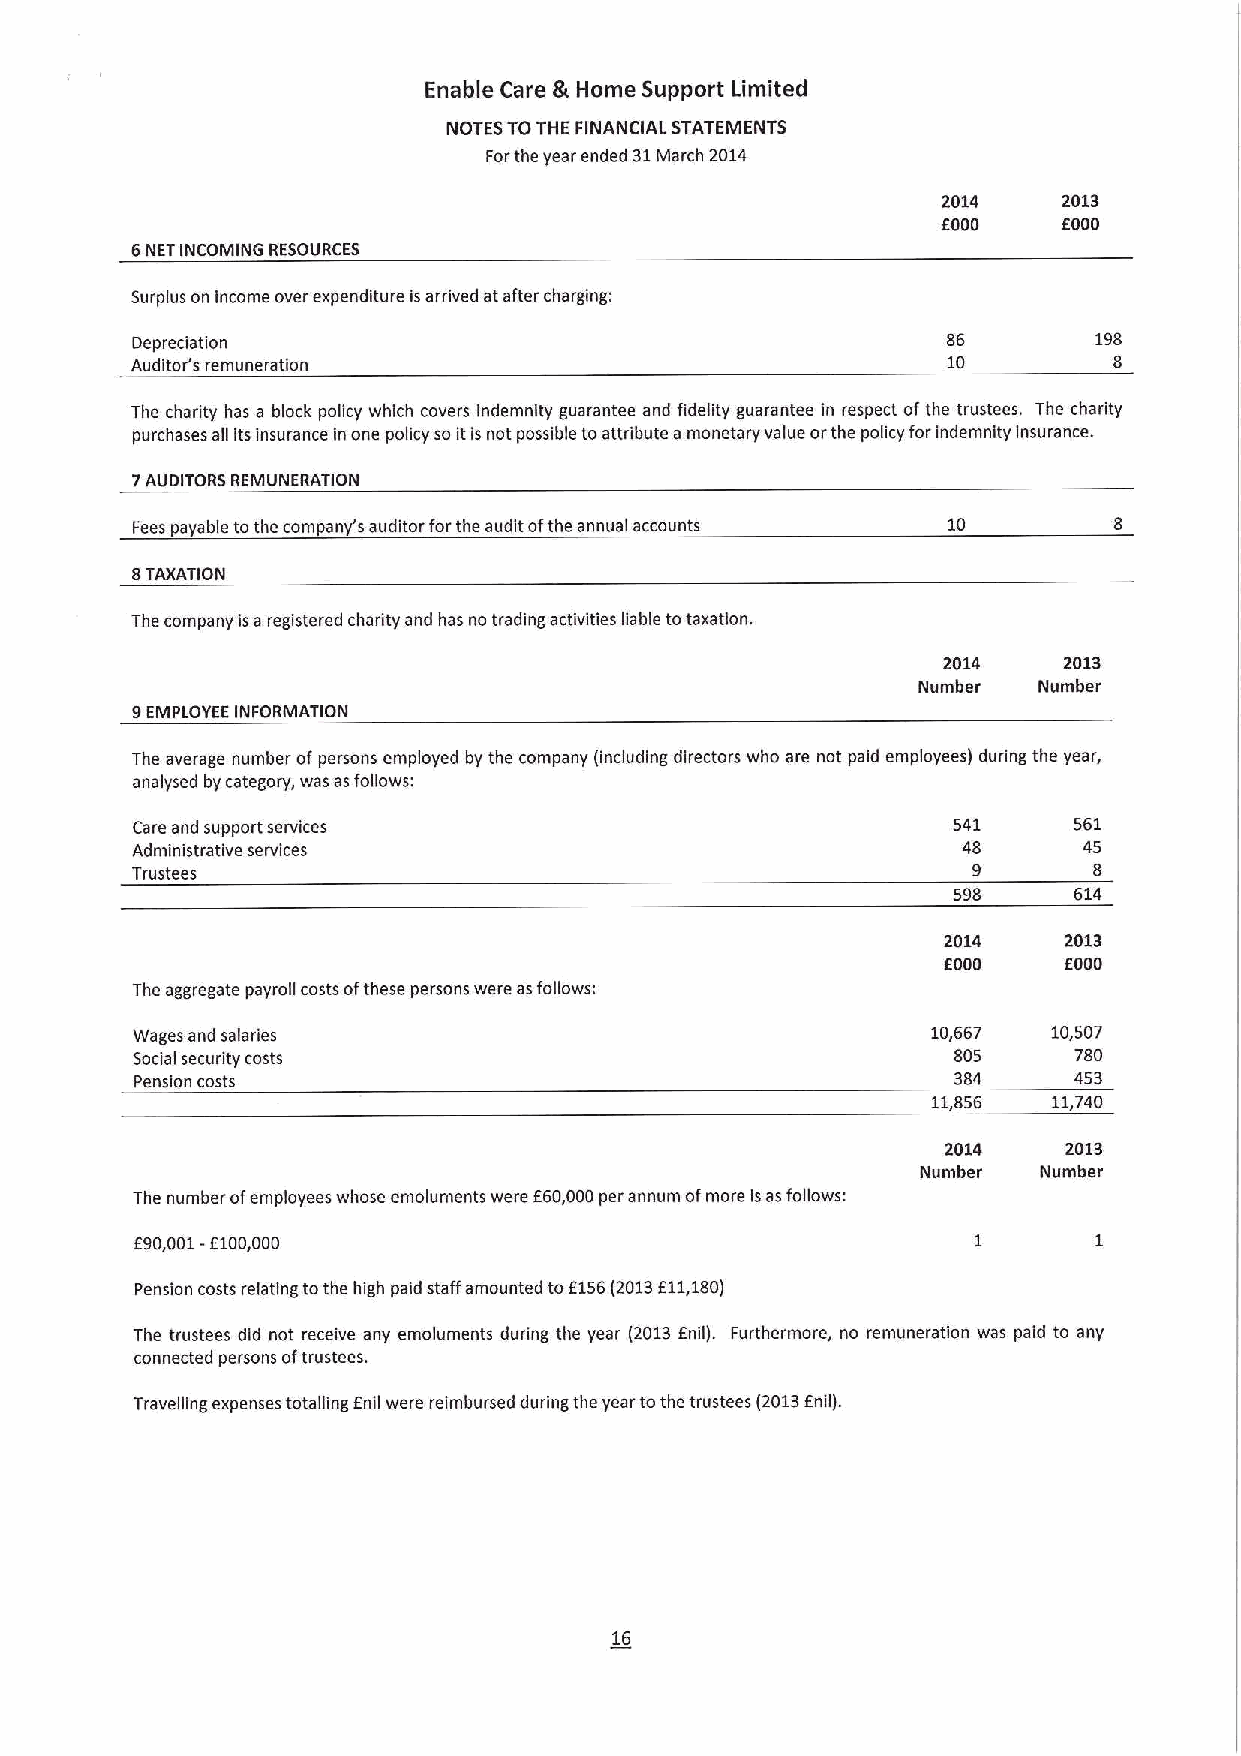
Enable Care et Home Support Limited
 NOTES TOTHE FINANCIAL STATEMENTS
 Forthe year ended 31March 2014
 2014    2013
 EOOD    EOOO
 6NET INCOMING RESOURCES
 Surplus on income over expenditure isarrived atafter charging:
 Depreciation                                          86       198
 Auditor's remuneration                                10         8
 The charity has a block policy which covers indemnity guarantee and fidelity guarantee in respect ofthe trustees. The charity
 purchases all its insurance in one policy so itis not possible to attribute a monetary value orthe policy for indemnity insurance.
 7AUDITORS REMUNERATION
 Fees payable tothe company's auditor forthe audit ofthe annual accounts 10
 8TAXATION
 The company isa registered charity and has no trading activities liable totaxation.
 2014    2013
 Number  Number
 9EMPLOYEE INFORMATION
 The average number ofpersons employed by the company (Including directors who are not paid employees) during the year,
 analysed by category, was asfollows:
 Care and support services                             541     561
 Administrative services                                48      45
 Trustees                                               9       8
 598     614
 2014    2013
 EOOD    EOOD
 The aggregate payroll costs ofthese persons were asfollows:
 Wages and salaries                                   10,667  10,507
 Social security costs                                 805     780
 Pension costs                                         384     453
 11,856  11,740
 2014    2013
 Number  Number
 The number ofemployees whose emoluments were E60,000per annum ofmore isasfollows:
 E90,001-E100,000
 Pension costs relating tothe high paid staff amounted tof1S6(2013E11,180)
 The trustees did not receive any emoluments during the year (2013fnil). Furthermore, no remuneration was paid to any
 connected persons oftrustees.
 f
 Travelling expenses totalling foil were reimbursed during the year tothe trustees (2013 nil).
 16